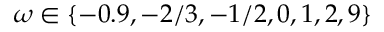
\omega \in \{ - 0 . 9 , - 2 / 3 , - 1 / 2 , 0 , 1 , 2 , 9 \}